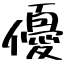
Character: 優